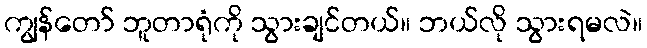
ကျွန်တော် ဘူတာရုံကို သွားချင်တယ်။ ဘယ်လို သွားရမလဲ။